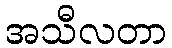
အသီလတာ